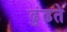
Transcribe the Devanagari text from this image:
ढुंढते